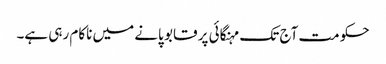
حکومت آج تک مہنگائی پر قابو پانے میں ناکام رہی ہے۔